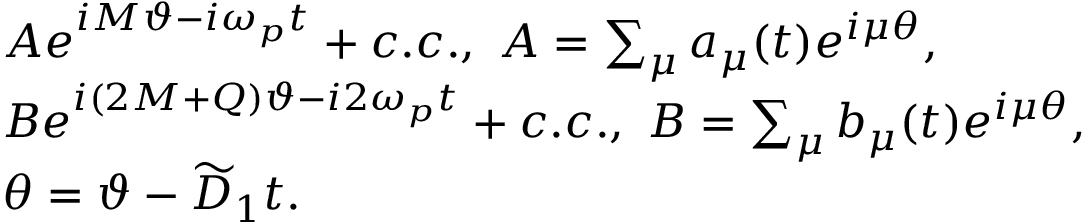
\begin{array} { r l } & { A e ^ { i M \vartheta - i \omega _ { p } t } + c . c . , ~ A = \sum _ { \mu } a _ { \mu } ( t ) e ^ { i \mu \theta } , } \\ & { B e ^ { i ( 2 M + Q ) \vartheta - i 2 \omega _ { p } t } + c . c . , ~ B = \sum _ { \mu } b _ { \mu } ( t ) e ^ { i \mu \theta } , } \\ & { \theta = \vartheta - \widetilde D _ { 1 } t . } \end{array}